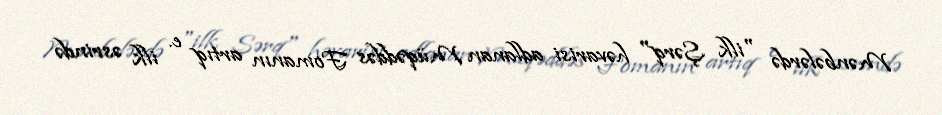
Mənbələrdə "ilk Şərq" həvarisi adlanan Müqəddəs Fomanın artıq e. ilk əsrində